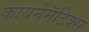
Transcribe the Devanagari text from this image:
कायनेमॅटिक्स